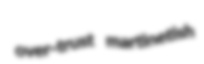
over-trust martinetish